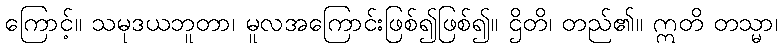
ကြောင့်။ သမုဒယဘူတာ၊ မူလအကြောင်းဖြစ်၍ဖြစ်၍။ ဌိတိ၊ တည်၏။ ဣတိ တသ္မာ၊